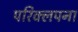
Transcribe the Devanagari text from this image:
परिक्लपना